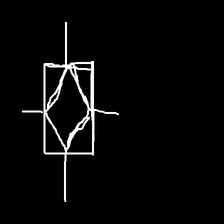
Glyph: light